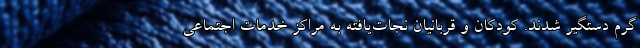
گرم دستگیر شدند. کودکان و قربانیان نجات‌یافته به مراکز خدمات اجتماعی